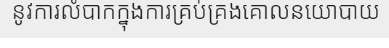
នូវការលំបាកក្នុងការគ្រប់គ្រងគោលនយោបាយ